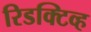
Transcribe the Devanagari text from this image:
रिडक्टिव्ह